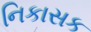
નિકાસક